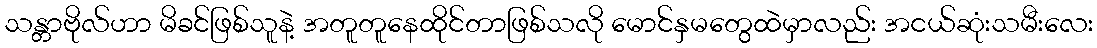
သန္တာဗိုလ်ဟာ မိခင်ဖြစ်သူနဲ့ အတူတူနေထိုင်တာဖြစ်သလို မောင်နှမတွေထဲမှာလည်း အငယ်ဆုံးသမီးလေး